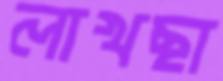
লাখছা